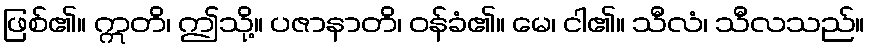
ဖြစ်၏။ ဣတိ၊ ဤသို့။ ပဇာနာတိ၊ ဝန်ခံ၏။ မေ၊ ငါ၏။ သီလံ၊ သီလသည်။